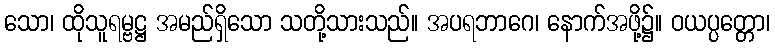
သော၊ ထိုသူရမ္ဗဋ္ဌ အမည်ရှိသော သတို့သားသည်။ အပရဘာဂေ၊ နောက်အဖို့၌။ ဝယပ္ပတ္တော၊